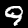
Label: 9